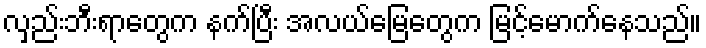
လှည်းဘီးရာတွေက နက်ပြီး အလယ်မြေတွေက မြင့်မောက်နေသည်။